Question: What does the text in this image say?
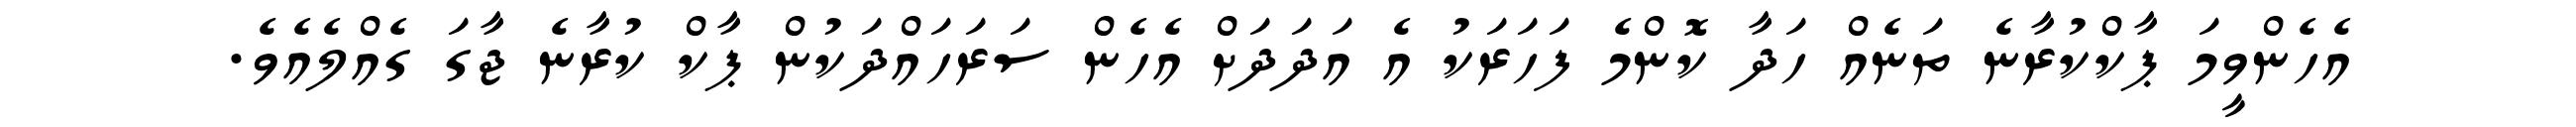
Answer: އެހެންވީމަ ޕާކްކުރާނެ ތަނެއް ހަދާ ކޮންމެ ފަހަރަކު އެ އަދަދަށް އެހެން ސަރަހައްދަކުން ޕާކް ކުރާނެ ޖާގަ ގެއްލެއެވެ.